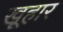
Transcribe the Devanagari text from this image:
खूहार